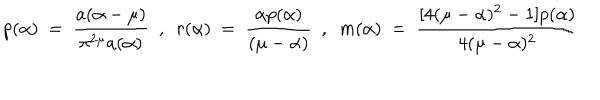
p ( \alpha ) ~ = ~ \frac { a ( \alpha - \mu ) } { \pi ^ { 2 \mu } a ( \alpha ) } ~ ~ , ~ ~ r ( \alpha ) ~ = ~ \frac { \alpha p ( \alpha ) } { ( \mu - \alpha ) } ~ ~ , ~ ~ m ( \alpha ) ~ = ~ \frac { [ 4 ( \mu - \alpha ) ^ { 2 } - 1 ] p ( \alpha ) } { 4 ( \mu - \alpha ) ^ { 2 } }